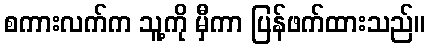
စကားလက်က သူ့ကို မှီကာ ပြန်ဖက်ထားသည်။